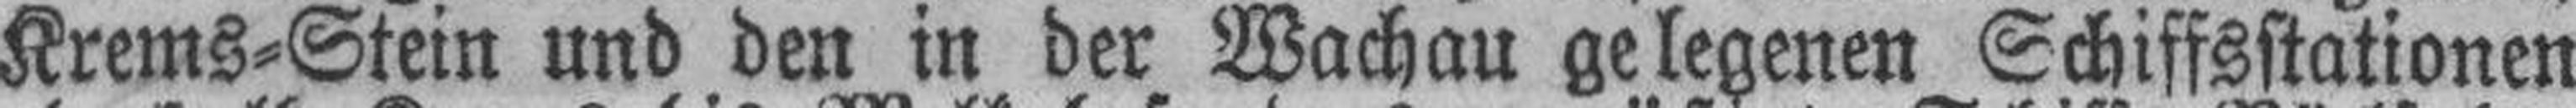
Krems=Stein und den in der Wachau gelegenen Schiffsstationen